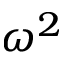
\omega ^ { 2 }